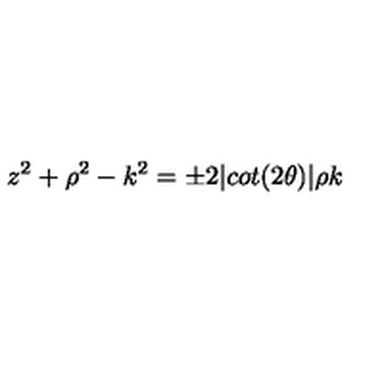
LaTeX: z ^ { 2 } + \rho ^ { 2 } - k ^ { 2 } = \pm 2 \vert c o t ( 2 \theta ) \vert \rho k